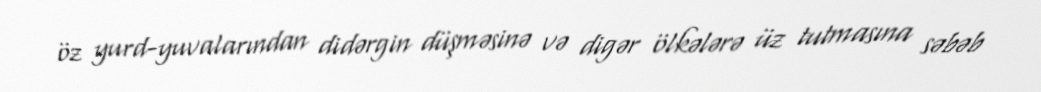
öz yurd-yuvalarından didərgin düşməsinə və digər ölkələrə üz tutmasına səbəb